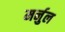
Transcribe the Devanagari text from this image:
मर्नुल